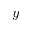
y